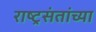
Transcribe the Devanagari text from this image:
राष्ट्रसंतांच्या